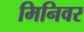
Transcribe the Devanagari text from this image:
मिनिवर